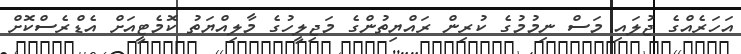
އަހަރެއްގެ ޖުލައި މަސް ނިމުމުގެ ކުރިން ރައްޔިތުންގެ މަޖިލީހުގެ މާލިއްޔަތު ކޮމެޓީއަށް އެޑްރެސްކޮށް